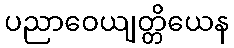
ပညာဝေယျတ္တိယေန